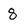
Character: 8